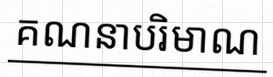
គណនាបរិមាណ